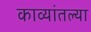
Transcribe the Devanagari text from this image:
काव्यांतल्या